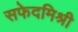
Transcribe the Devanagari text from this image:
सफेदमिश्री